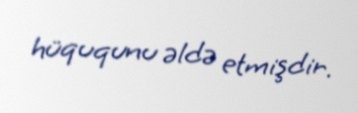
hüququnu əldə etmişdir.